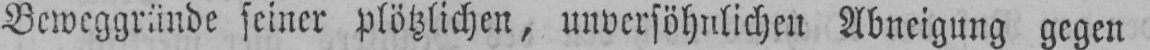
Beweggründe seiner plötzlichen, unversöhnlichen Abneigung gegen